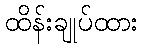
ထိန်းချုပ်ထား